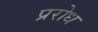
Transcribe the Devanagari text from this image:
प्ररोध